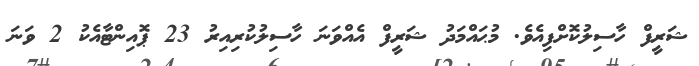
ޝަރީފް ހާސިލުކޮށްފިއެވެ. މުޙައްމަދު ޝަރީފް އެއްވަނަ ހާސިލުކުރިއިރު 23 ޕޮއިންޓާއެކު 2 ވަނަ